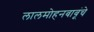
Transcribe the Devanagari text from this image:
लालमोहनबाबूंचे